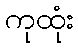
ကုထုံး